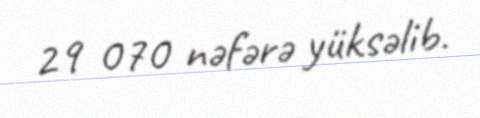
29 070 nəfərə yüksəlib.